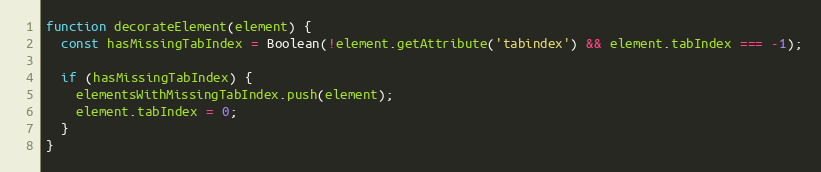
Language: JavaScript
function decorateElement(element) {
  const hasMissingTabIndex = Boolean(!element.getAttribute('tabindex') && element.tabIndex === -1);

  if (hasMissingTabIndex) {
    elementsWithMissingTabIndex.push(element);
    element.tabIndex = 0;
  }
}